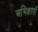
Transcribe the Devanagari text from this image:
अभिशापों